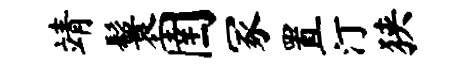
靖鬟圉冢置汀狭